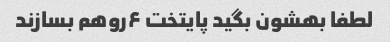
لطفا بهشون بگید پایتخت ۶روهم بسازند